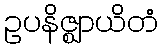
ဥပနိဇ္ဈာယိတံ